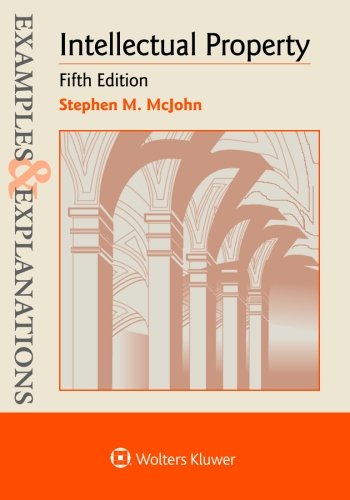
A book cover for Examples & Explanations: Intellectual Property; Stephen M. McJohn; Law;